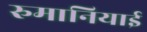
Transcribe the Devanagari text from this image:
रुमानियाई